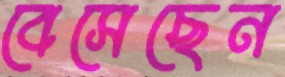
বেসেছেন